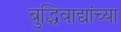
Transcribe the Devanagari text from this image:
बुद्धिवाद्यांच्या